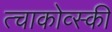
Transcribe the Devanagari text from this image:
त्चाकोव्स्की